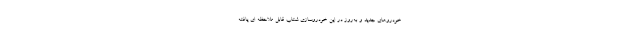
خودروهای جدید و به‌روز در این خودروسازی شتاب قابل ملاحظه ای یافته